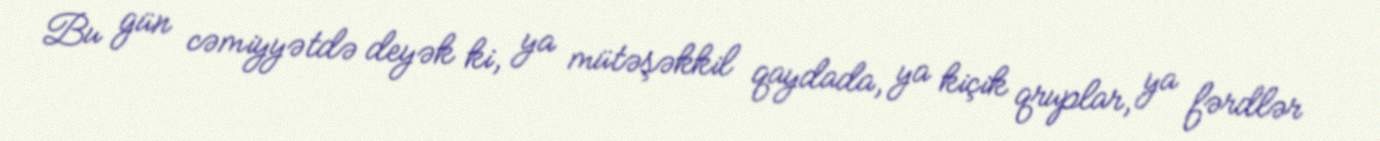
Bu gün cəmiyyətdə deyək ki, ya mütəşəkkil qaydada, ya kiçik qruplar, ya fərdlər